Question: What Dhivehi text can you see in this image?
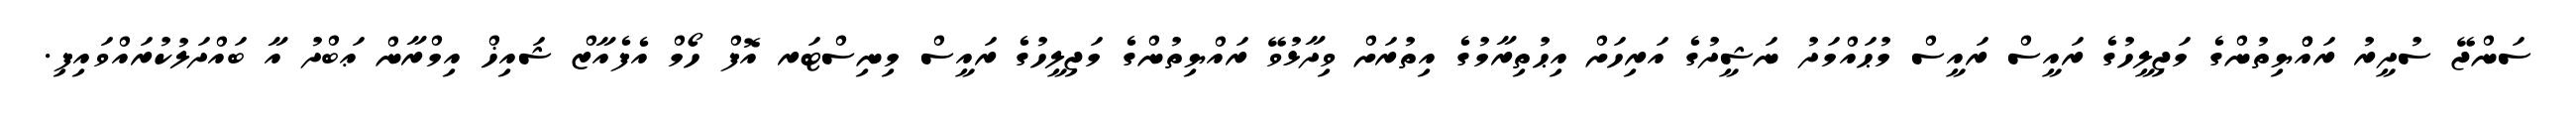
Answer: ސަންޖޭ ސުދީރު ރައްްޔިތުންގެ މަޖިލީހުގެ ރައީސް ރައީސް މުޙައްމަދު ނަޝީދުގެ އަރިހަށް އިޙުތިރާމުގެ އިތުރަށް ވިދާޅުވޭ ރައްޔިތުންގެ މަޖިލީހުގެ ރައީސް މިނިސްޓަރ އޮފް ހޯމް އެފެއާޒް ޝައިޚް އިމްރާން ޢަބްދު އާ ބައްދަލުކުރައްވައިފި.